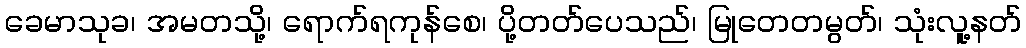
ခေမာသုခ၊ အမတသို့၊ ရောက်ရကုန်စေ၊ ပို့တတ်ပေသည်၊ မြုတေတမွတ်၊ သုံးလူ့နတ်